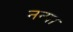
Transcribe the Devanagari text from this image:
नन्पा